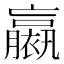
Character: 𧝹